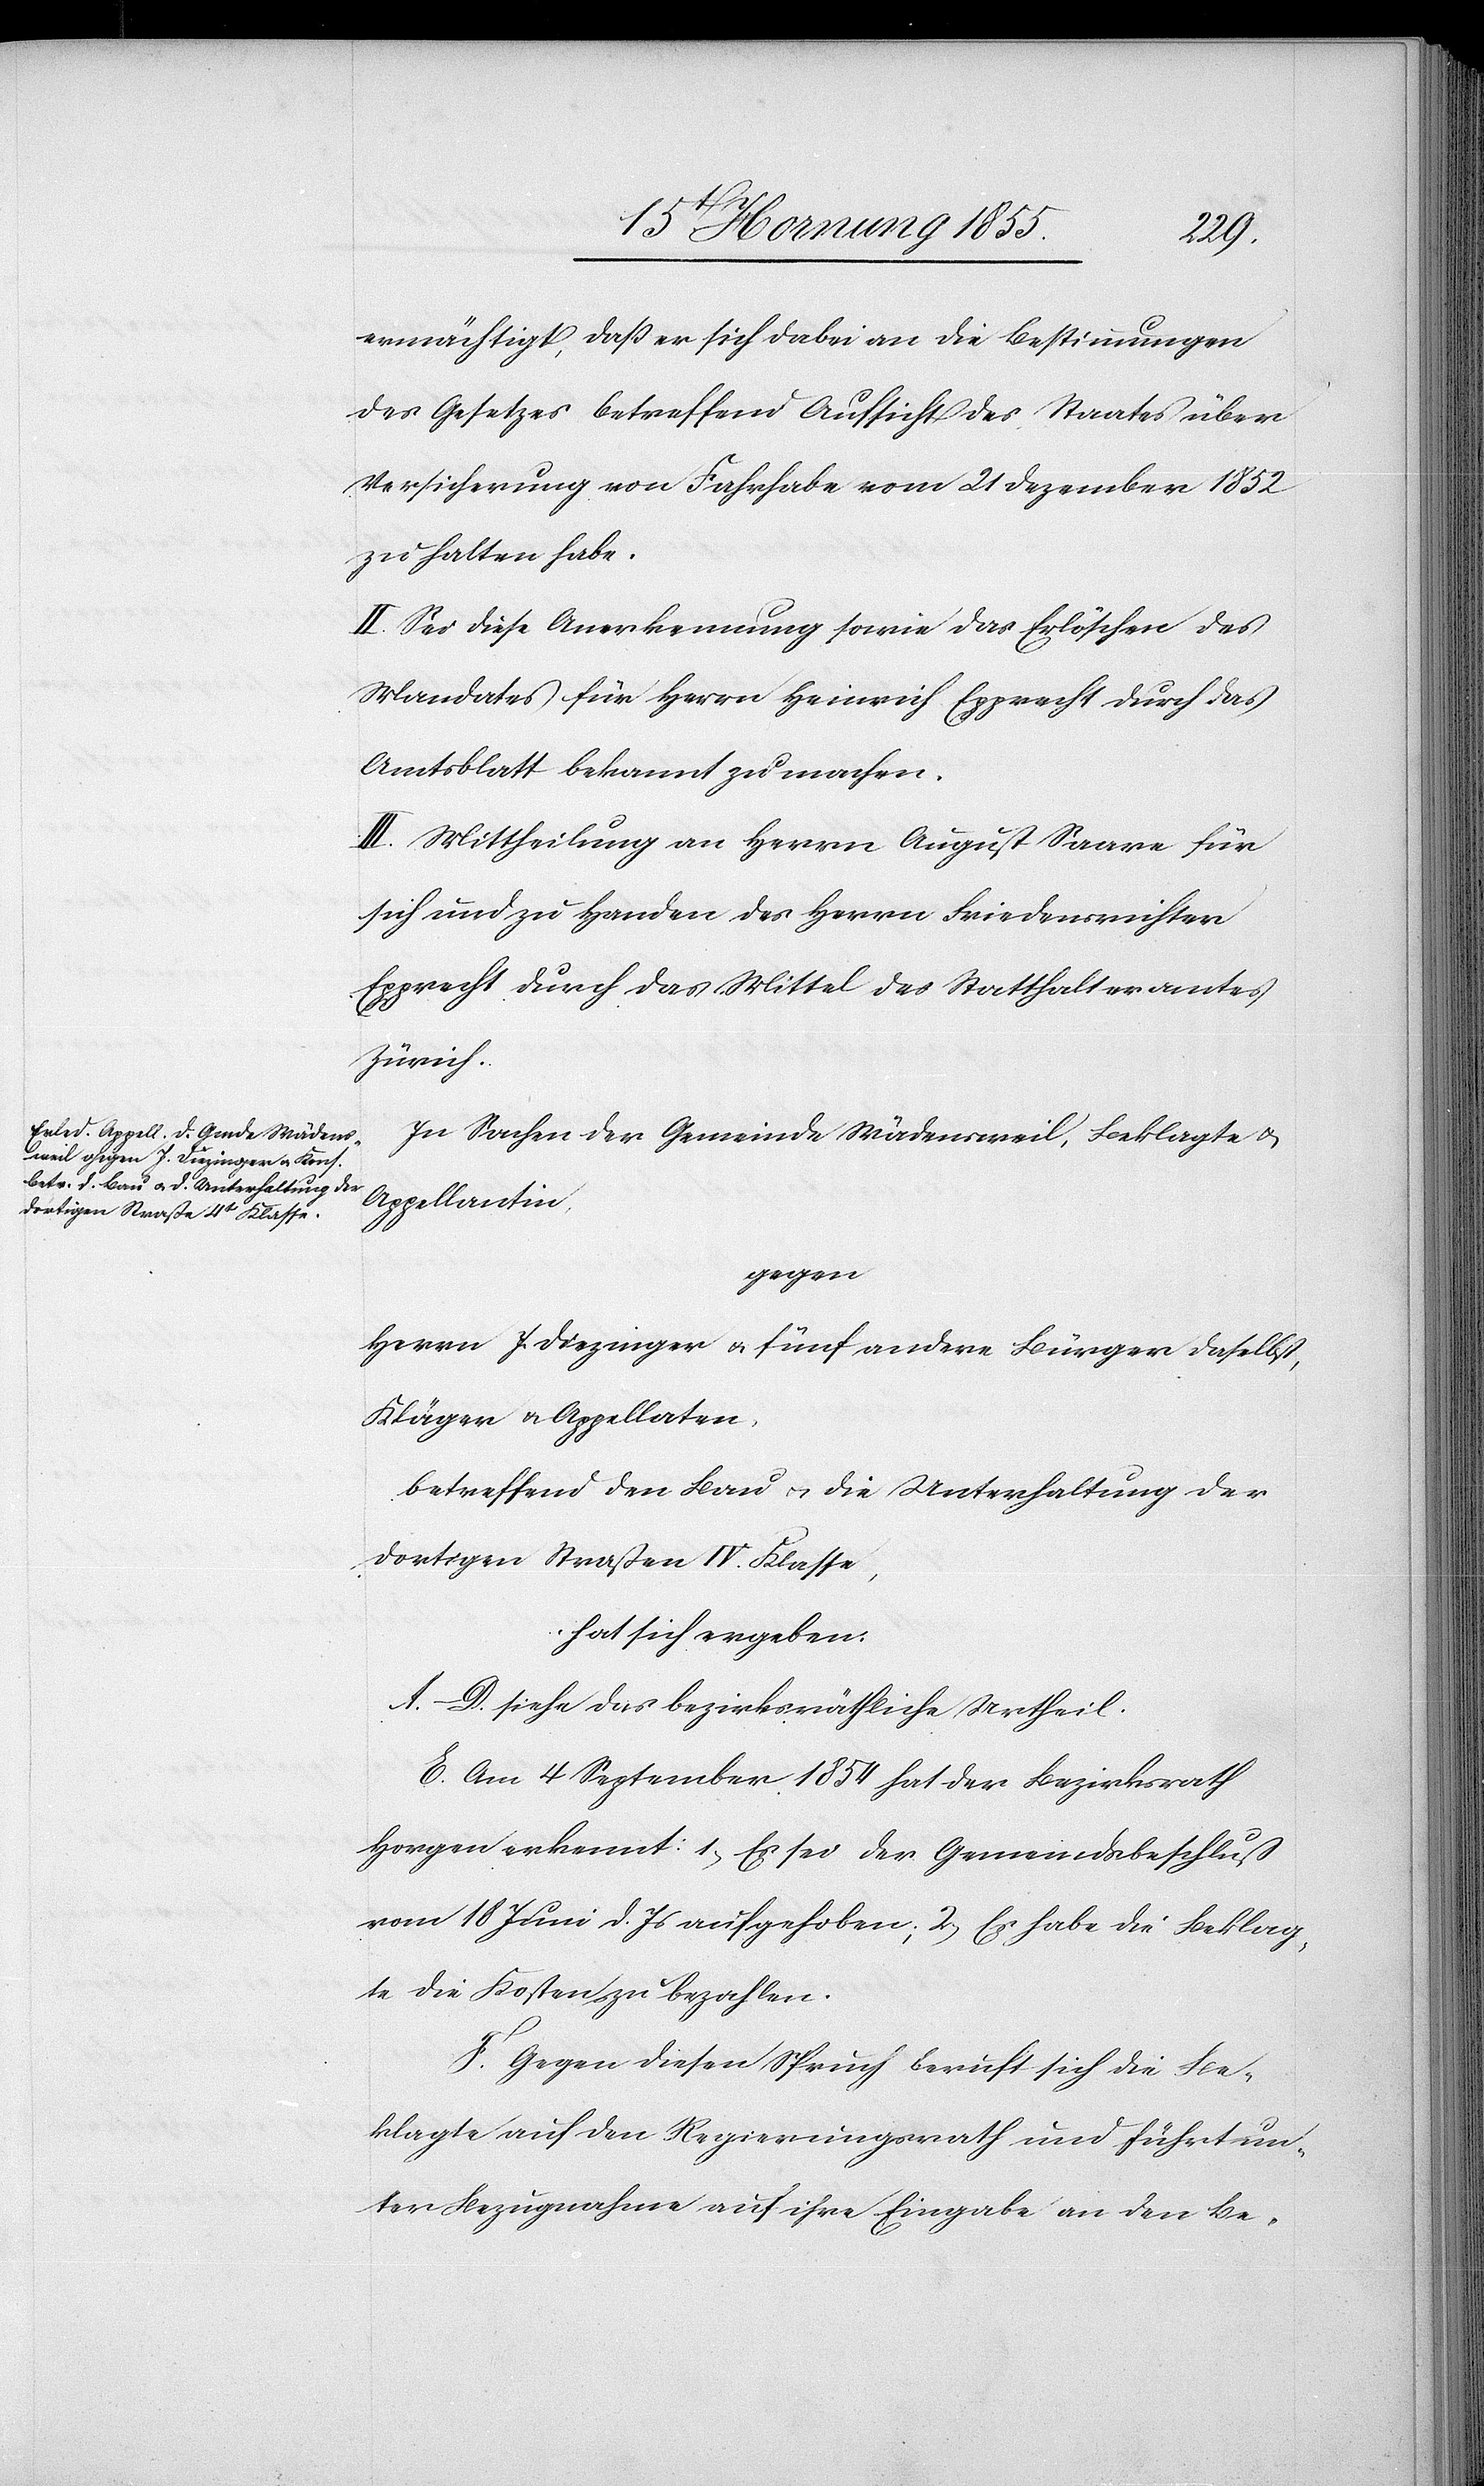
ermächtigt, daß er sich dabei an die Bestimmungen
des Gesetzes betreffend Aufsicht des Staates über
Versicherung von Fahrhabe vom 21 Dezember 1852
zu halten habe.
II. Sei diese Anerkennung sowie das Erlöschen des
Mandates für Herrn Heinrich Epprecht durch das
Amtsblatt bekannt zu machen.
III. Mittheilung an Herrn August Saare für
sich und zu Handen des Herrn Friedensrichter
Epprecht durch das Mittel des Statthalteramtes
Zürich.
In Sachen der Gemeinde Wädensweil, Beklagte &
Appellantin,
gegen
Herrn J. Diezinger & fünf andere Bürger daselbst,
Kläger & Appellaten,
betreffend den Bau & die Unterhaltung der
dortigen Straßen IV. Klasse,
hat sich ergeben:
A.–D. siehe das bezirksräthliche Urtheil.
E. Am 4 September 1854 hat der Bezirksrath
Horgen erkennt: 1, Es sei der Gemeindsbeschluss
vom 18 Juni d. Js aufgehoben; 2, Es habe die Beklag¬
te die Kosten zu bezahlen.
F. Gegen diesen Spruch beruft sich die Be¬
klagte auf den Regierungsrath und führt un¬
ter Bezugnahme auf ihre Eingabe an den Be-